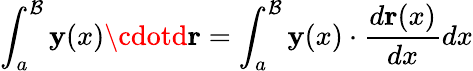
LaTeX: \int_{a}^{\mathcal{B}}\mathbf{{y}}(x)\cdotd\mathbf{{r}}=\int_{a}^{\mathcal{B}}\mathbf{{y}}(x)\cdot{\frac{{d\mathbf{{r}}(x)}}{{dx}}}dx